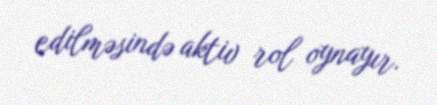
edilməsində aktiv rol oynayır.